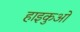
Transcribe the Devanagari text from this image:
हाइकुओं